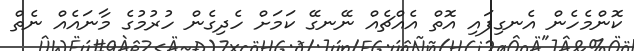
ކޮންމެހެން އެނގިފައި އޮތް އެއްޗެއް ނޭނގޭ ކަމަށް ހެދިގެން ހުރުމުގެ މާނައެއް ނެތް